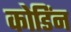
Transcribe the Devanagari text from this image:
कोडिंन